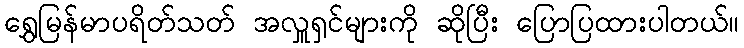
ရွှေမြန်မာပရိတ်သတ် အလှူရှင်များကို ဆိုပြီး ပြောပြထားပါတယ်။